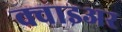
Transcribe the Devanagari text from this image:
क्वाइअर